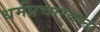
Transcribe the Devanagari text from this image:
धर्मप्रचारकांना